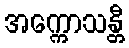
အက္ကောသန္တီ